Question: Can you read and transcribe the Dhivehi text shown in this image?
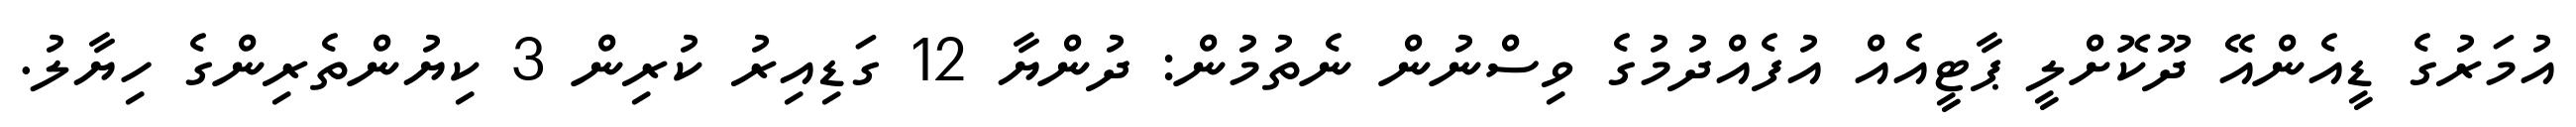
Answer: އުމަރުގެ ޑީއެންއޭ ދޫކޮށްލީ ޕާޓީއެއް އުފެއްދުމުގެ ވިސްނުން ނެތުމުން: ދުންޔާ 12 ގަޑިއިރު ކުރިން 3 ކިޔުންތެރިންގެ ހިޔާލު.